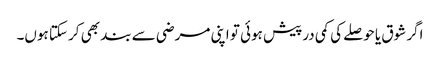
اگر شوق یا حوصلے کی کمی درپیش ہوئی تو اپنی مرضی سے بند بھی کر سکتا ہوں۔